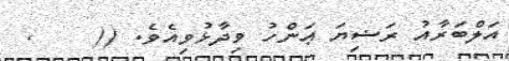
އަލްބަރާއު ރަޟިޔަ ޢަންހު ވިދާޅުވިއެވެ. ((